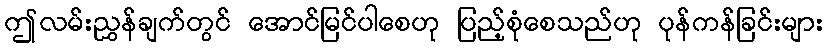
ဤလမ်းညွှန်ချက်တွင် အောင်မြင်ပါစေဟု ပြည့်စုံစေသည်ဟု ပုန်ကန်ခြင်းများ